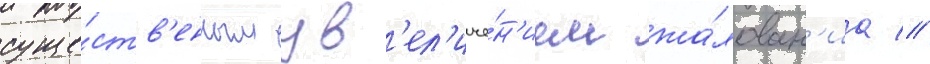
суще́ств'енным ув'ел'иче́н'ием жа́лован'иа //